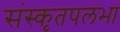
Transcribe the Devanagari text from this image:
संस्कृतपलभा